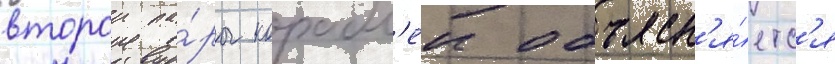
второи па́ры корабл'еи объясн'я́етс'я